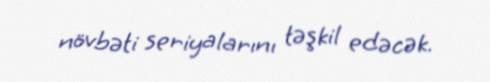
növbəti seriyalarını təşkil edəcək.